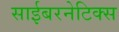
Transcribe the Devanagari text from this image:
साईबरनेटिक्स